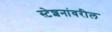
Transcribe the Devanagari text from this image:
स्टेशनांवरील